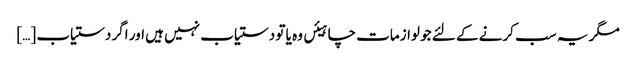
مگر یہ سب کرنے کے لئے جو لوازمات چاہیئں وہ یا تو دستیاب نہیں ہیں اور اگر دستیاب […]